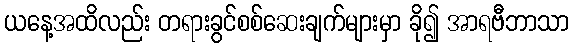
ယနေ့အထိလည်း တရားခွင်စစ်ဆေးချက်များမှာ ခို၍ အာရဗီဘာသာ